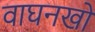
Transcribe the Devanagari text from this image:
वाघनखो